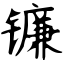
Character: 镰